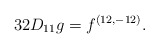
\begin{align*}{32 D_{11} g = f^{(12,-12)}.}\end{align*}